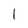
Character: 1